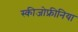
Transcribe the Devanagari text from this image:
स्‍कीजोफ्रीनिया